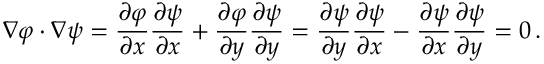
\nabla \varphi \cdot \nabla \psi = { \frac { \partial \varphi } { \partial x } } { \frac { \partial \psi } { \partial x } } + { \frac { \partial \varphi } { \partial y } } { \frac { \partial \psi } { \partial y } } = { \frac { \partial \psi } { \partial y } } { \frac { \partial \psi } { \partial x } } - { \frac { \partial \psi } { \partial x } } { \frac { \partial \psi } { \partial y } } = 0 \, .